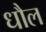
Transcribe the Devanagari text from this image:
धौल